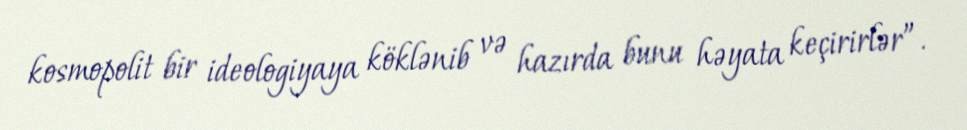
kosmopolit bir ideologiyaya köklənib və hazırda bunu həyata keçirirlər”.